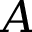
A